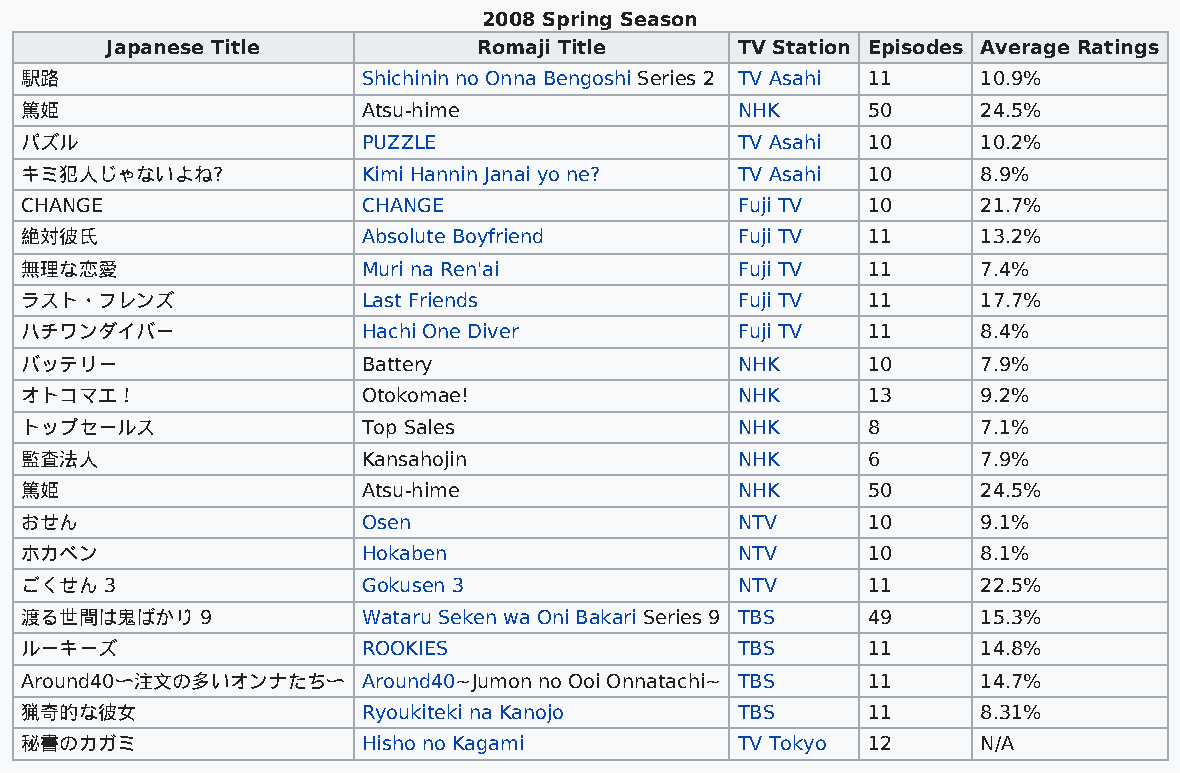
2008 Spring Season
 Japanese Title           Romaji Title     TV Station Episodes Average Ratings
 駅路                     Shichinin no Onna Bengoshi Series 2 TV Asahi 11 10.9%
 篤姫                     Atsu-hime                NHK     50      24.5%
 パズル                    PUZZLE                   TV Asahi 10     10.2%
 キミ犯人じゃないよね?            Kimi Hannin Janai yo ne? TV Asahi 10     8.9%
 CHANGE                 CHANGE                   Fuji TV 10      21.7%
 絶対彼氏                   Absolute Boyfriend       Fuji TV 11      13.2%
 無理な恋愛                  Muri na Ren'ai           Fuji TV 11      7.4%
 ラスト・フレンズ               Last Friends             Fuji TV 11      17.7%
 ハチワンダイバー               Hachi One Diver          Fuji TV 11      8.4%
 バッテリー                  Battery                  NHK     10      7.9%
 オトコマエ！                 Otokomae!                NHK     13      9.2%
 トップセールス                Top Sales                NHK     8       7.1%
 監査法人                   Kansahojin               NHK     6       7.9%
 篤姫                     Atsu-hime                NHK     50      24.5%
 おせん                    Osen                     NTV     10      9.1%
 ホカベン                   Hokaben                  NTV     10      8.1%
 ごくせん  3                Gokusen 3                NTV     11      22.5%
 渡る世間は鬼ばかり   9          Wataru Seken wa Oni Bakari Series 9 TBS 49 15.3%
 ルーキーズ                  ROOKIES                  TBS     11      14.8%
 Around40〜注文の多いオンナたち〜   Around40~Jumon no Ooi Onnatachi~ TBS 11  14.7%
 猟奇的な彼女                 Ryoukiteki na Kanojo     TBS     11      8.31%
 秘書のカガミ                 Hisho no Kagami          TV Tokyo 12     N/A